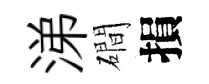
涕磵損